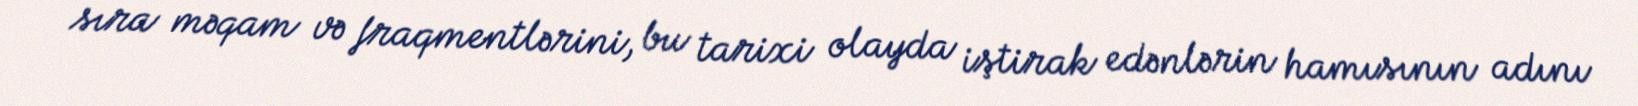
sıra məqam və fraqmentlərini, bu tarixi olayda iştirak edənlərin hamısının adını